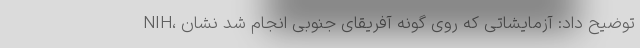
NIH، توضیح داد: آزمایشاتی که روی گونه آفریقای جنوبی انجام شد نشان